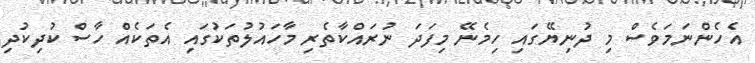
އެހެންނަމަވެސް މި ދުނިޔޭގައި ހިމެނޭ މިފަދަ ނުރައްކާތެރި މާހައުލުތަކުގައި އެތަކެއް ހާސް ކުދިކުދި